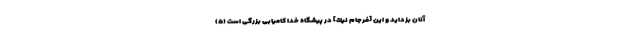
آنان بزدايد و اين [فرجام نيك] در پيشگاه خدا كاميابى بزرگى است (۵)